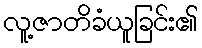
လူ့ဇာတိခံယူခြင်း၏